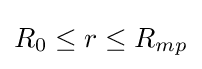
{\textstyle R_{0}\leq r\leq R_{mp}}